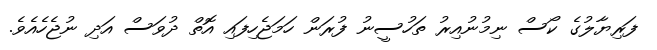
ފަރިޔާލުގެ ކޯސް ނިމުނުއިރު ތަހުސީނު ފުރަން ހަމަޖެހިފައި އޮތް ދުވަސް އަދި ނުޖެހެއެވެ.